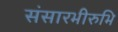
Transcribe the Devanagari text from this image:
संसारभीरुभि